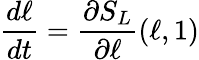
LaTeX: \frac{d\ell}{dt}=\frac{\partial S_{L}}{\partial\ell}(\ell,1)